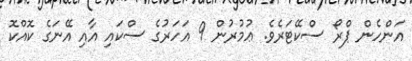
އަންހެން ޕްރޯ ސްކޭޓަރެވެ. ޢުމުރުން 9 އަހަރުގެ ސްކައި އާއި އޭނަގެ ކޮއްކޮ